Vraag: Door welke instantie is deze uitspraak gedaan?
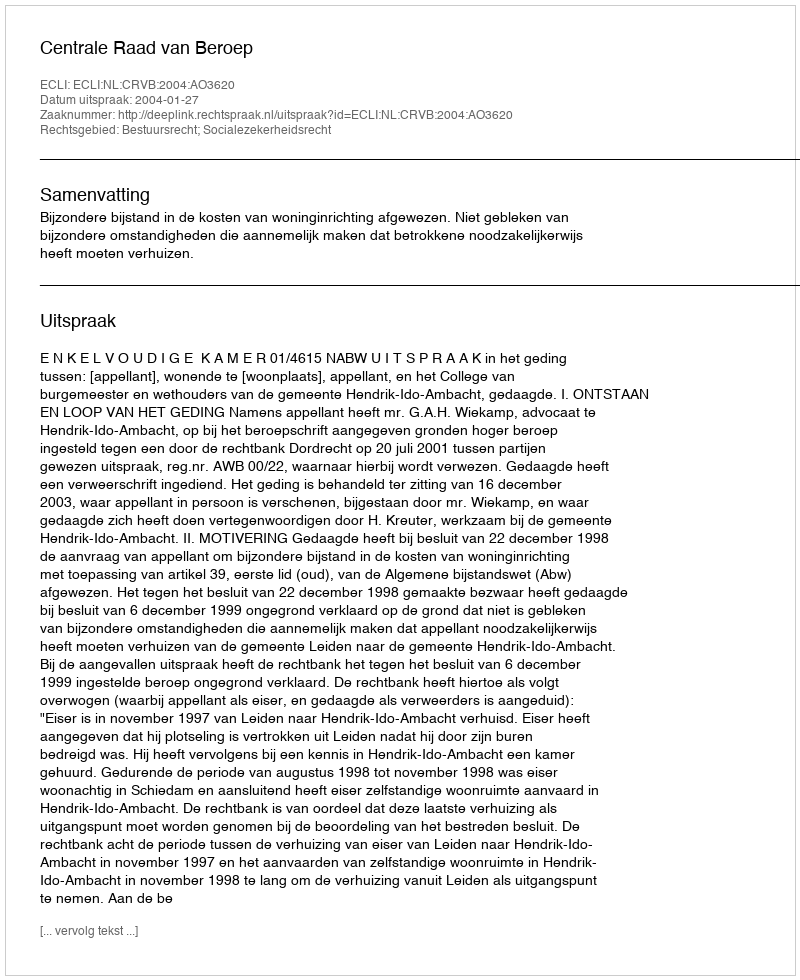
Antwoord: Centrale Raad van Beroep